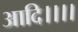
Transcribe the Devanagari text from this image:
आदि।।।।